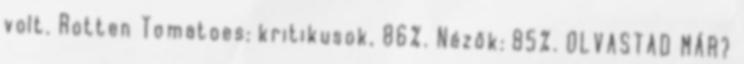
volt. Rotten Tomatoes: kritikusok, 86%. Nézők: 85%. OLVASTAD MÁR?